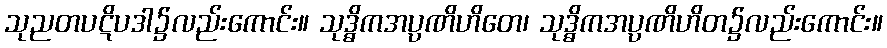
သုညတပဋိပဒါ၌လည်းကောင်း။ သုဒ္ဓိကအပ္ပဏိဟိတေ၊ သုဒ္ဓိကအပ္ပဏိဟိတ၌လည်းကောင်း။